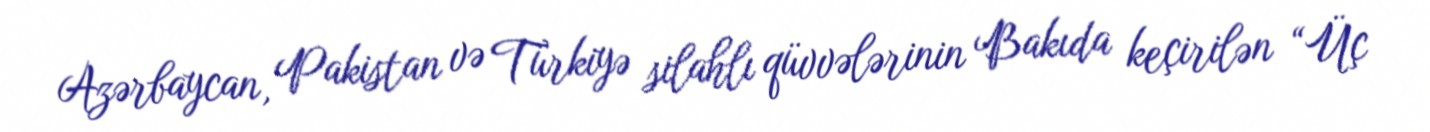
Azərbaycan, Pakistan və Türkiyə silahlı qüvvələrinin Bakıda keçirilən “Üç